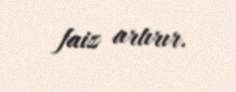
faiz artırır.